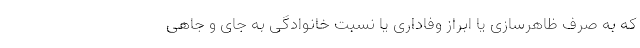
که به صرف ظاهر‌سازی یا ابراز وفاداری یا نسبت خانوادگی به جای و جاهی